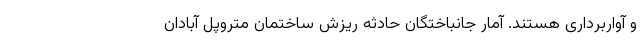
و آواربرداری هستند. آمار جانباختگان حادثه ریزش ساختمان متروپل آبادان